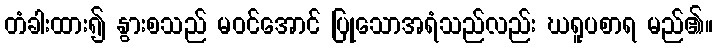
တံခါးထား၍ နွားစသည် မဝင်အောင် ပြုသောအရံသည်လည်း ဃရူပစာရ မည်၏။